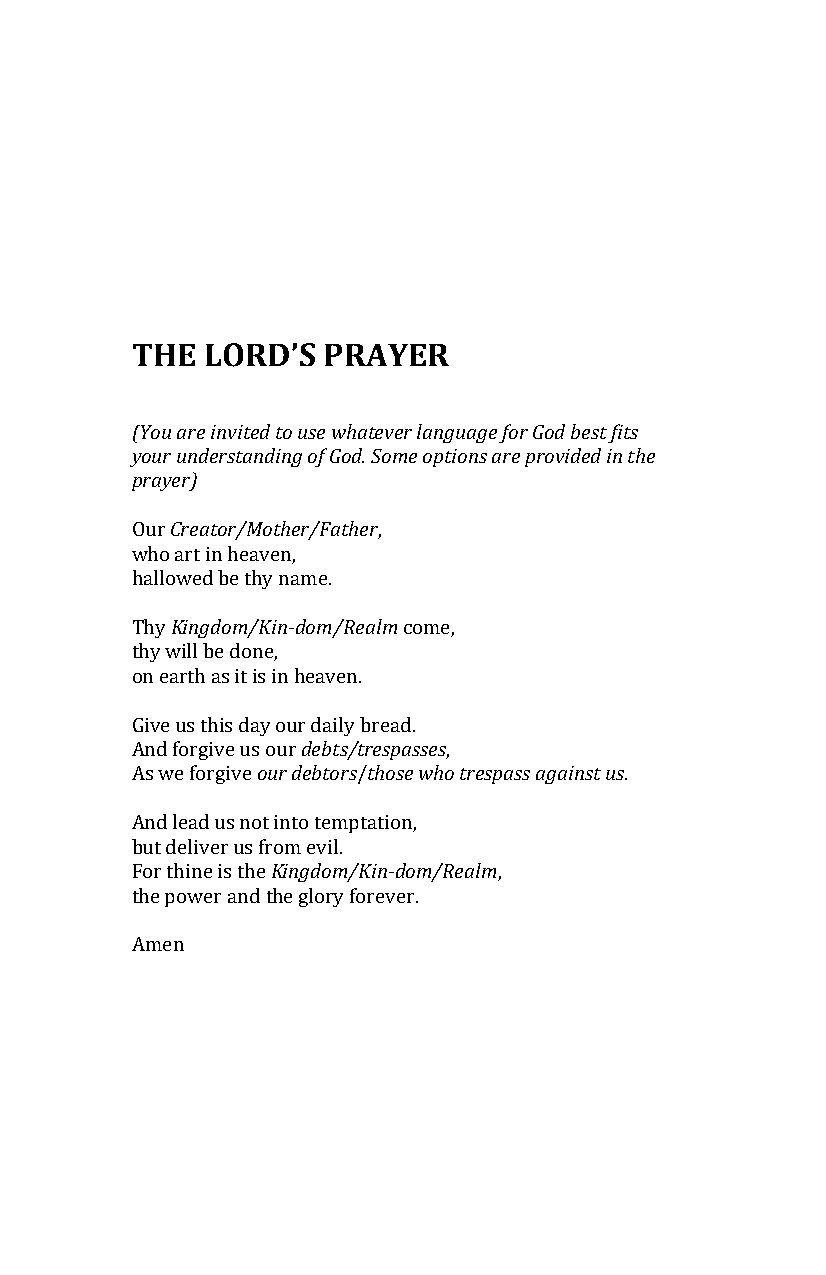
THE LORD’S  PRAYER
 (You are invited to use whatever language for God best fits
 your understanding of God. Some options are provided in the
 prayer)
 Creator/Mother/Father
 Our             ,
 who art in heaven,
 halloKwinegdd boem t/hKyi nn-admome. /Realm
 Thy               come,
 thy will be done,
 on earth as it is in heaven.
 debts/trespasses
 Give us this daoyu oru dre dbatoilrys btrheoasde. who trespass against us
 And forgive us our   ,
 As we forgive  /                .
 And lead us not Kinintog dteommp/Ktainti-odno,m /Realm
 but deliver us from evil.
 For thine is the        ,
 the power and the glory forever.
 Amen